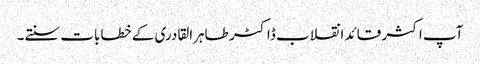
آپ اکثر قائد انقلاب ڈاکٹر طاہرالقادری کے خطابات سنتے۔